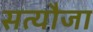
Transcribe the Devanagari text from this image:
सत्यौजा